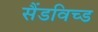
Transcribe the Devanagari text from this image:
सैंडविच्ड